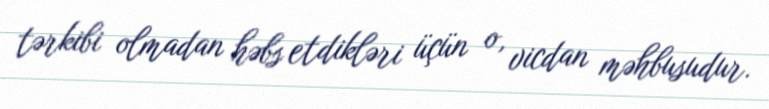
tərkibi olmadan həbs etdikləri üçün o, vicdan məhbusudur.